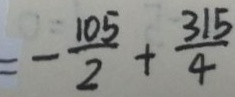
= - \frac { 1 0 5 } { 2 } + \frac { 3 1 5 } { 4 }